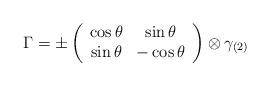
\begin{align*}\Gamma = \pm \left( \begin{array}{cc} \cos \theta & \sin \theta \\\sin \theta & -\cos \theta \end{array} \right) \otimes \gamma_{(2)}\end{align*}